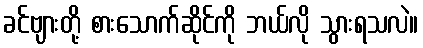
ခင်ဗျားတို့ စားသောက်ဆိုင်ကို ဘယ်လို သွားရသလဲ။